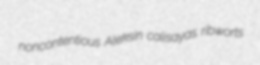
noncontentious Aleksin calisayas ribworts